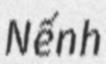
Nếnh